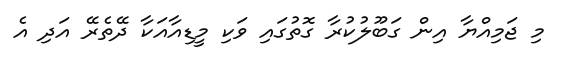
މި ޖަމިއްޔާ އިން ގަބޫލުކުރާ ގޮތުގައި ވަކި މީޑިއާއަކާ ދޭތެރޭ އަދި އެ